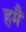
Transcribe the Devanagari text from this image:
हमैं